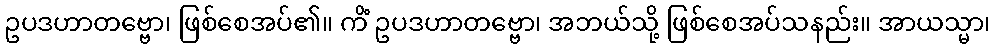
ဥပဒဟာတဗ္ဗော၊ ဖြစ်စေအပ်၏။ ကိံ ဥပဒဟာတဗ္ဗော၊ အဘယ်သို့ ဖြစ်စေအပ်သနည်း။ အာယသ္မာ၊